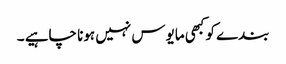
بندے کو کبھی مایوس نہیں ہونا چاہیے ۔